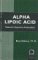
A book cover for Alpha Lipoic Acid: Nature's Supreme Antioxidant (Woodland Health); Rita Elkins MH; Health, Fitness & Dieting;